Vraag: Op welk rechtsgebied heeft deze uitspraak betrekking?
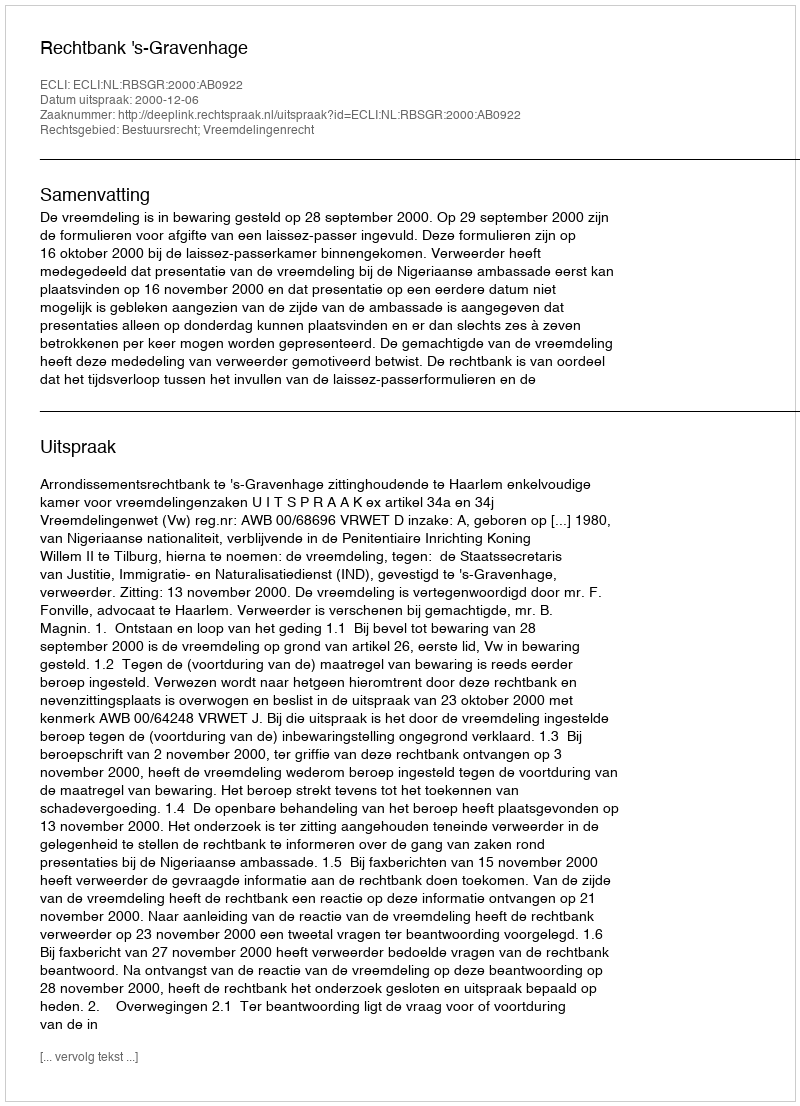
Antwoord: Bestuursrecht; Vreemdelingenrecht